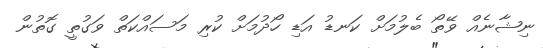
ނިޝާނެއް ވޭތޯ ބެލުމަށް ކަނޑު އަޑި ހޯދުމަށް ކުރި މަސައްކަތް ވަގުތީ ގޮތުން